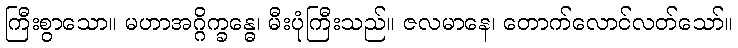
ကြီးစွာသော။ မဟာအဂ္ဂိက္ခန္ဓေ၊ မီးပုံကြီးသည်။ ဇလမာနေ၊ တောက်လောင်လတ်သော်။